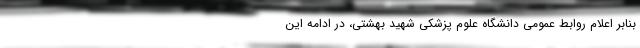
بنابر اعلام روابط عمومی دانشگاه علوم پزشکی شهید بهشتی، در ادامه این